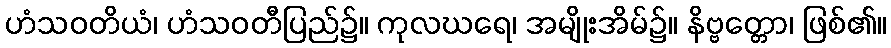
ဟံသဝတိယံ၊ ဟံသဝတီပြည်၌။ ကုလဃရေ၊ အမျိုးအိမ်၌။ နိဗ္ဗတ္တော၊ ဖြစ်၏။